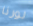
لورنا